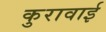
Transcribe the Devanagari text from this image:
कुरावाई